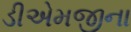
ડીએમજીના